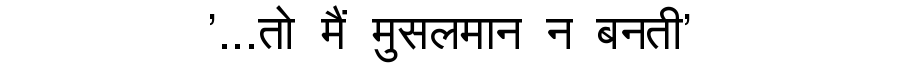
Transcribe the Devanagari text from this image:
'...तो मैं मुसलमान न बनती'